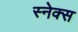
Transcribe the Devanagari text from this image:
स्नेक्स